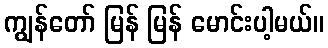
ကျွန်တော် မြန် မြန် မောင်းပါ့မယ်။